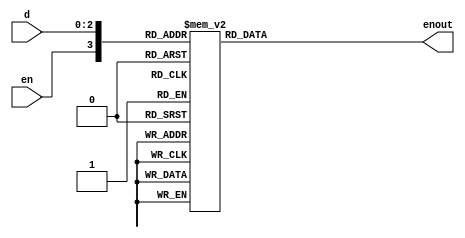
module decoderF(
	input [2:0] d,
	input en,
	output reg[7:0] enout
);
	
	
	always@*
	begin
		case({en,d})
			
			4'b1_000: enout = 8'h1;
			4'b1_001: enout = 8'h2;
			4'b1_010: enout = 8'h3;
			4'b1_011: enout = 8'h4;
			4'b1_100: enout = 8'h5;
			4'b1_101: enout = 8'h6;
			4'b1_110: enout = 8'h7;
			4'b1_111: enout = 8'h8;
			default : enout = 8'h0;
			
		endcase
			
	end
	
	endmodule